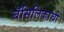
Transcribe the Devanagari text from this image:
बॅसिलिकाची